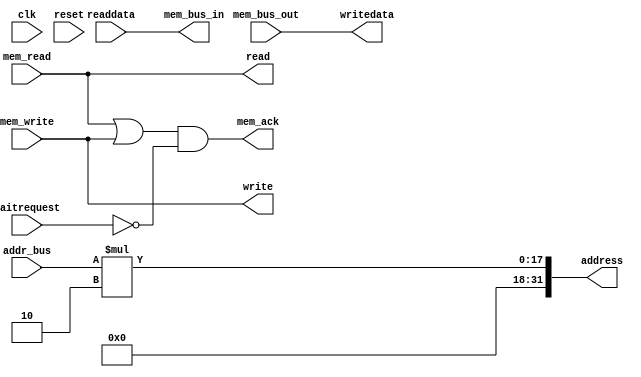
module sextium_avalon_mem
(
	input clk,
	input reset,
	
	output [31:0] address,
	output read,
	input [15:0] readdata,
	input waitrequest,
	output write,
	output [15:0] writedata,
	
	input [15:0] addr_bus,
	output mem_ack,
	output [15:0] mem_bus_in,
	input [15:0] mem_bus_out,
	input mem_read,
	input mem_write
);

	// asynchronous access
	assign address = addr_bus*2;
	assign mem_bus_in = readdata;
	assign writedata = mem_bus_out;
	assign read = mem_read;
	assign write = mem_write;
	assign mem_ack = (mem_read | mem_write) & ~waitrequest;

endmodule